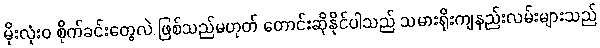
မိုးလုံး၀ စိုက်ခင်းတွေလဲ ဖြစ်သည်မဟုတ် တောင်းဆိုနိုင်ပါသည် သမားရိုးကျနည်းလမ်းများသည်